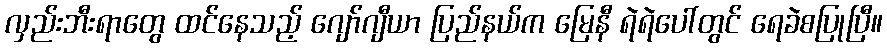
လှည်းဘီးရာတွေ ထင်နေသည့် ဂျော်ဂျီယာ ပြည်နယ်က မြေနီ ရဲရဲပေါ်တွင် ရေခဲစပြုပြီ။